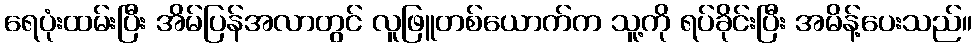
ရေပုံးထမ်းပြီး အိမ်ပြန်အလာတွင် လူဖြူတစ်ယောက်က သူ့ကို ရပ်ခိုင်းပြီး အမိန့်ပေးသည်။